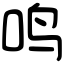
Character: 鸣